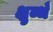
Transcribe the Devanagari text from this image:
क्षुब्धँ